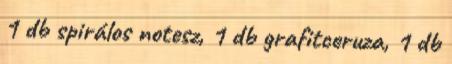
1 db spirálos notesz, 1 db grafitceruza, 1 db